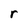
Character: r